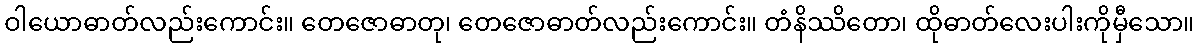
ဝါယောဓာတ်လည်းကောင်း။ တေဇောဓာတု၊ တေဇောဓာတ်လည်းကောင်း။ တံနိဿိတော၊ ထိုဓာတ်လေးပါးကိုမှီသော။